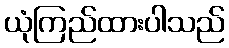
ယုံကြည်ထားပါသည်